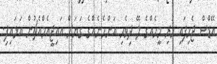
އޭޑްސް ޖެހިފައި ހުރި މީހެއްގެ ލޭ ދިވެހި އަންހެނެއްގެ ގަޔަށް އައިޖީއެމްއެޗުން އަޅައިފި.